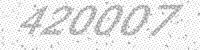
Solution: 420007